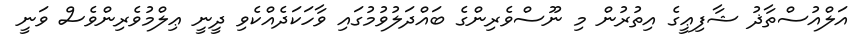
އަލްއުސްތާޛު ޝާފިޢީގެ އިތުރުން މި ނޫސްވެރިންގެ ބައްދަލުވުމުގައި ވާހަކަދެއްކެވި ދީނީ ޢިލްމުވެރިންވެސް ވަނީ